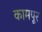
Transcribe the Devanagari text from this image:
कामपूर